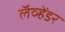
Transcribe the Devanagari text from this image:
लॅव्हेंडर